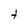
Character: t